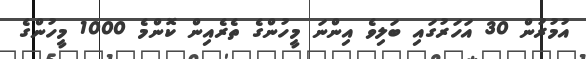
އުމުރުން 30 އަހަރުގައި ބަލިވެ އިންނަ މީހުންގެ ތެރެއިން ކޮންމެ 1000 މީހުންގެ